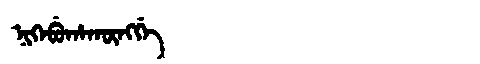
Manchu: ᠨᡳᡴᡝᠪᡠᡥᠠᡴᡡᠩᡤᡝ
Romanization: NIKEBUHAKŪNGGE